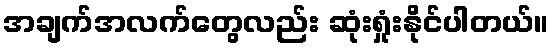
အချက်အလက်တွေလည်း ဆုံးရှုံးနိုင်ပါတယ်။